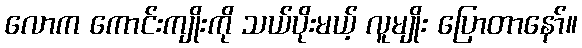
လောက ကောင်းကျိုးကို သယ်ပိုးမယ့် လူမျိုး ပြောတာနော်။